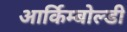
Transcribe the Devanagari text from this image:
आर्किम्बोल्डी